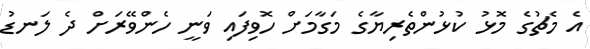
އެ މެޗުގެ މޮޅު ކުޅުންތެރިޔާގެ މަގާމަށް ހޮވިފައި ވަނީ ހެންވޭރަށް ދެ ލަނޑު